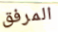
المرفق